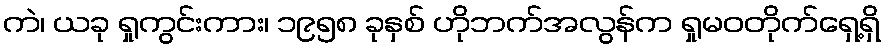
ကဲ၊ ယခု ရှုကွင်းကား၊ ၁၉၅၈ ခုနှစ် ဟိုဘက်အလွန်က ရှုမဝတိုက်ရှေ့ရှိ